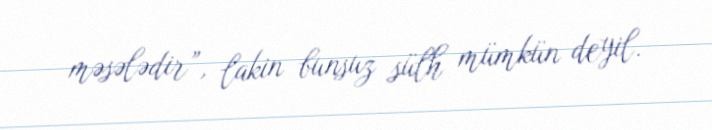
məsələdir”, lakin bunsuz sülh mümkün deyil.